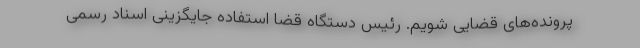
پرونده‌های قضایی شویم. رئیس دستگاه قضا استفاده جایگزینی اسناد رسمی